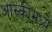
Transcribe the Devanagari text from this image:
आस्कीमध्ये